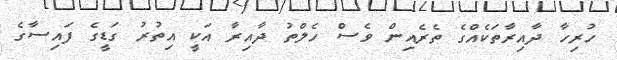
ހުރިހާ ދާއިރާތަކެއްގެ ތެރެއިން ވެސް ހެލްތު ދާއިރާ އަކީ އިތުރު ގަޑީގެ ފައިސާގެ